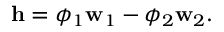
\begin{array} { r } { \mathbf { h } = \phi _ { 1 } \mathbf { w } _ { 1 } - \phi _ { 2 } \mathbf { w } _ { 2 } . } \end{array}